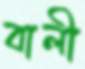
বালী